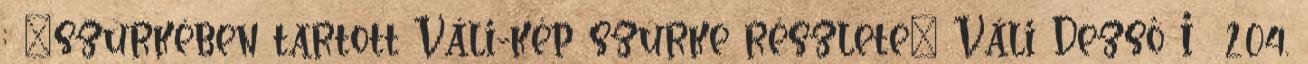
; "szürkében tartott Váli-kép szürke részlete" Váli Dezső I 204.